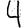
Digit: 4